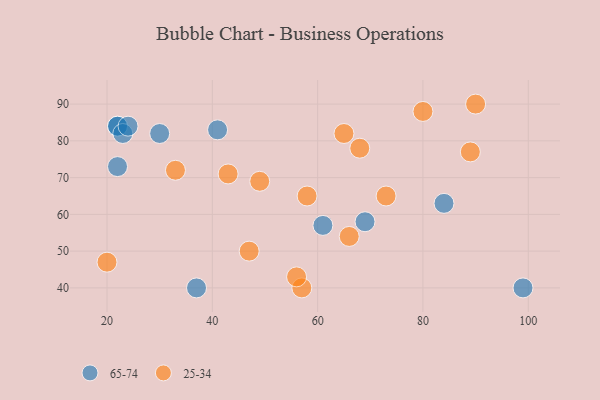
{"axis": {"x": "GDP", "y": "Life Expectancy"}, "legend": ["25-34", "65-74"], "data": [{"x": "22", "y": 84, "type": "65-74"}, {"x": "69", "y": 58, "type": "65-74"}, {"x": "22", "y": 84, "type": "65-74"}, {"x": "41", "y": 83, "type": "65-74"}, {"x": "37", "y": 40, "type": "65-74"}, {"x": "23", "y": 82, "type": "65-74"}, {"x": "30", "y": 82, "type": "65-74"}, {"x": "84", "y": 63, "type": "65-74"}, {"x": "61", "y": 57, "type": "65-74"}, {"x": "22", "y": 73, "type": "65-74"}, {"x": "99", "y": 40, "type": "65-74"}, {"x": "24", "y": 84, "type": "65-74"}, {"x": "58", "y": 65, "type": "25-34"}, {"x": "43", "y": 71, "type": "25-34"}, {"x": "57", "y": 40, "type": "25-34"}, {"x": "90", "y": 90, "type": "25-34"}, {"x": "80", "y": 88, "type": "25-34"}, {"x": "47", "y": 50, "type": "25-34"}, {"x": "65", "y": 82, "type": "25-34"}, {"x": "56", "y": 43, "type": "25-34"}, {"x": "68", "y": 78, "type": "25-34"}, {"x": "33", "y": 72, "type": "25-34"}, {"x": "20", "y": 47, "type": "25-34"}, {"x": "73", "y": 65, "type": "25-34"}, {"x": "49", "y": 69, "type": "25-34"}, {"x": "89", "y": 77, "type": "25-34"}, {"x": "66", "y": 54, "type": "25-34"}]}